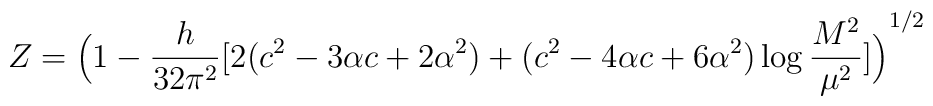
Z={\Big(1-\frac{h}{32\pi^2}\big[2(c^2-3\alpha c+2\alpha^2)+(c^2-4\alpha c+6\alpha^2)\log\frac{M^2}{\mu^2}\big]\Big)}^{1/2}